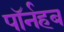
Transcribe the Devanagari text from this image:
पॉर्नहब